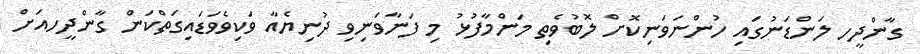
ގާންދީހ ލަންޑަނުގައި ހުންނަވަނިކޮށް ލޮބުވެތި މަންމާފުޅު މި ފަނާވަނިވި ދުނިޔެއާ ވަކިވެވަޑައިގަތްކަން ގާންދީހއަށް